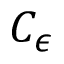
C _ { \epsilon }